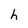
Character: h